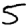
Digit: 5